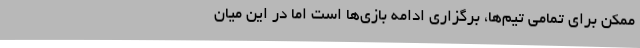
ممکن برای تمامی تیم‌ها، برگزاری ادامه بازی‌ها است اما در این میان